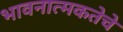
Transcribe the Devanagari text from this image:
भावनात्मकतेचे